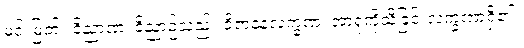
မင်းမြတ်။ ဝိညာဏံ၊ ဝိညာဉ်သည်။ ဝိဇာနနလက္ခဏံ၊ အာရုံကိုသိခြင်းလက္ခဏာရှိ၏။